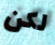
لكن